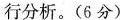
行分析。(6 分)